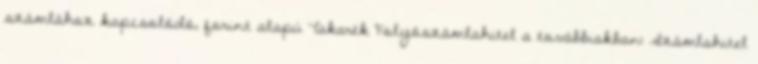
számlához kapcsolódó, forint alapú Takarék Folyószámlahitel a továbbiakban: Számlahitel